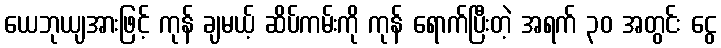
ယေဘုယျအားဖြင့် ကုန် ချမယ့် ဆိပ်ကမ်းကို ကုန် ရောက်ပြီးတဲ့ အရက် ၃၀ အတွင်း ငွေ